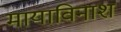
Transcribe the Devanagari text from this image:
मायाविनाश